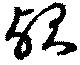
歟